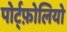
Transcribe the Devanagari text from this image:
पोर्ट्फ़ोलियो